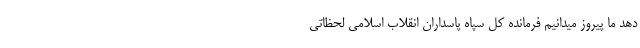
دهد ما پیروز میدانیم فرمانده کل سپاه پاسداران انقلاب اسلامی لحظاتی